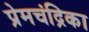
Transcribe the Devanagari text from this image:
प्रेमचंद्रिका